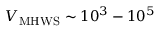
\ensuremath { V _ { \mathrm { M H W S } } } \sim 1 0 ^ { 3 } - 1 0 ^ { 5 }